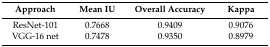
<table><thead><tr><td><b>Approach</b></td><td><b>Mean IU</b></td><td><b>Overall Accuracy</b></td><td><b>Kappa</b></td></tr></thead><tbody><tr><td>ResNet-101</td><td>0.7668</td><td>0.9409</td><td>0.9076</td></tr><tr><td>VGG-16 net</td><td>0.7478</td><td>0.9350</td><td>0.8979</td></tr></tbody></table>